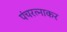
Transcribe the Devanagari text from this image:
पंचरत्नाकर